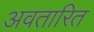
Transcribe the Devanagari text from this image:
अवतारित